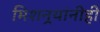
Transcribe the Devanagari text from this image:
मिशनर्‍यांनीही